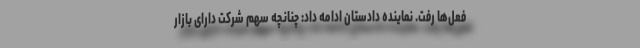
فعل‌ها رفت. نماینده دادستان ادامه داد: چنانچه سهم شرکت دارای بازار